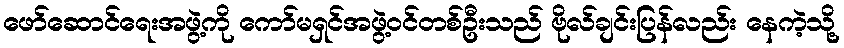
ဖော်ဆောင်ရေးအဖွဲ့ကို ကော်မရှင်အဖွဲ့ဝင်တစ်ဦးသည် ဗိုလ်ချင်းပြန်လည်း နေကဲ့သို့